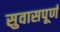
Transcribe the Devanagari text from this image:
सुवासपूर्ण